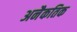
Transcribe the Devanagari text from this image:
अनैकतिक